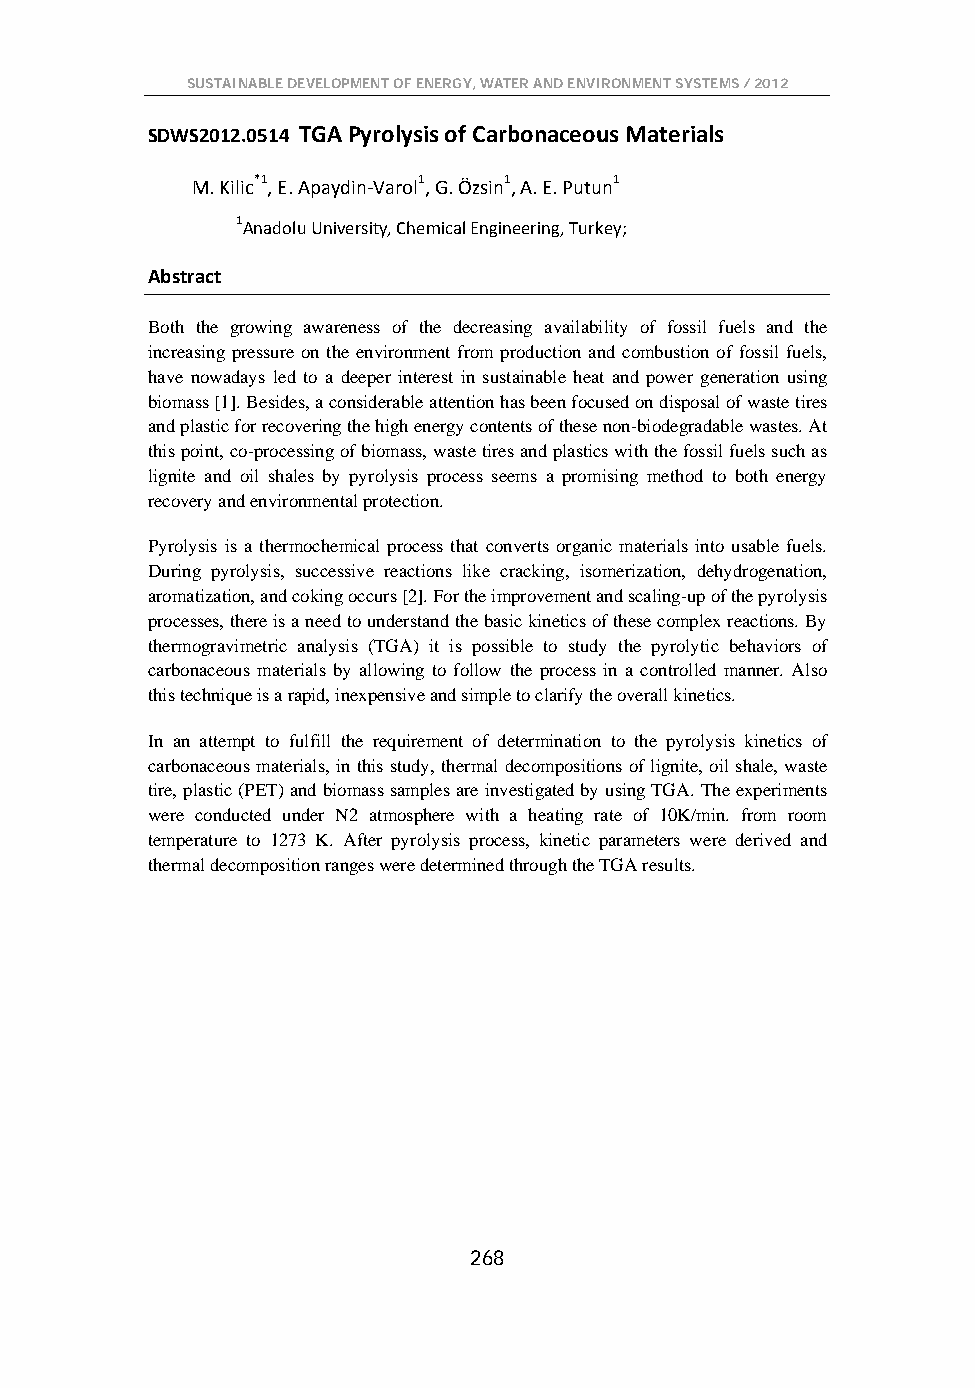
SUSTAINABLE DEVELOPMENT OF ENERGY, WATER AND ENVIRONMENT SYSTEMS / 2012
 SDWS2012.0514 TGA Pyrolysis of Carbonaceous Materials
 M. Kilic*1, E. Apaydin-Varol1, G. Özsin1, A. E. Putun1
 1Anadolu University, Chemical Engineering, Turkey;
 Abstract
 Both the growing awareness of the decreasing availability of fossil fuels and the
 increasing pressure on the environment from production and combustion of fossil fuels,
 have nowadays led to a deeper interest in sustainable heat and power generation using
 biomass [1]. Besides, a considerable attention has been focused on disposal of waste tires
 and plastic for recovering the high energy contents of these non-biodegradable wastes. At
 this point, co-processing of biomass, waste tires and plastics with the fossil fuels such as
 lignite and oil shales by pyrolysis process seems a promising method to both energy
 recovery and environmental protection.
 Pyrolysis is a thermochemical process that converts organic materials into usable fuels.
 During pyrolysis, successive reactions like cracking, isomerization, dehydrogenation,
 aromatization, and coking occurs [2]. For the improvement and scaling-up of the pyrolysis
 processes, there is a need to understand the basic kinetics of these complex reactions. By
 thermogravimetric analysis (TGA) it is possible to study the pyrolytic behaviors of
 carbonaceous materials by allowing to follow the process in a controlled manner. Also
 this technique is a rapid, inexpensive and simple to clarify the overall kinetics.
 In an attempt to fulfill the requirement of determination to the pyrolysis kinetics of
 carbonaceous materials, in this study, thermal decompositions of lignite, oil shale, waste
 tire, plastic (PET) and biomass samples are investigated by using TGA. The experiments
 were conducted under N2 atmosphere with a heating rate of 10K/min. from room
 temperature to 1273 K. After pyrolysis process, kinetic parameters were derived and
 thermal decomposition ranges were determined through the TGA results.
 268